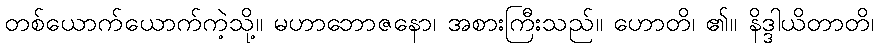
တစ်ယောက်ယောက်ကဲ့သို့။ မဟာဘောဇနော၊ အစားကြီးသည်။ ဟောတိ၊ ၏။ နိဒ္ဒါယိတာတိ၊